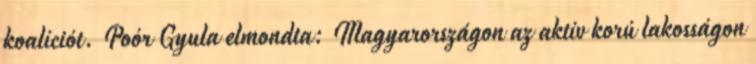
koalíciót. Poór Gyula elmondta: Magyarországon az aktív korú lakosságon